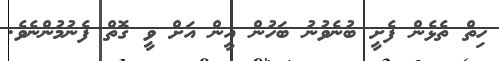
ހިތް ތެޅެން ފެށީ ބުނެވުނު ބަހުން އީން އަށް ވީ ގޮތް ފެނުމުންނެވެ.